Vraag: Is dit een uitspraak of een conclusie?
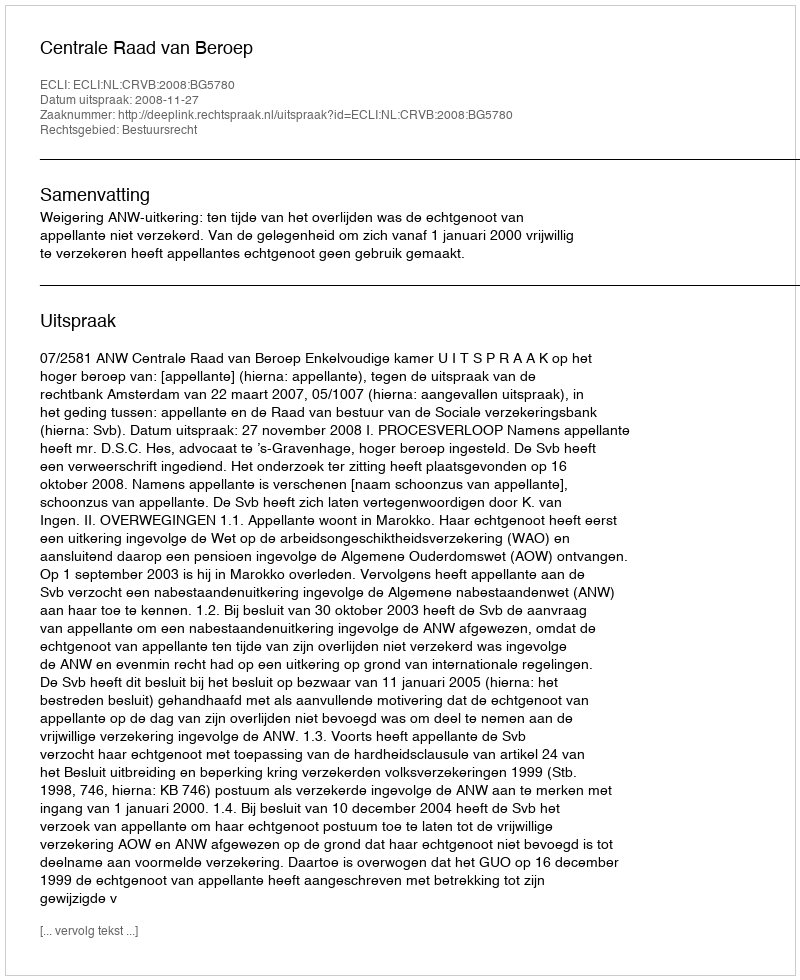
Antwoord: Uitspraak